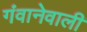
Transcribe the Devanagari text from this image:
गंवानेवाली